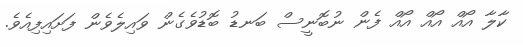
ކާލާ އޯއް އޯއް އޯއް ފެން ނުބޮނީސް ބަނޑު ބޮޑުވެގެން ވައިލެވެން ފަށައިފިއެވެ.